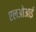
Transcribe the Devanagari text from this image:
एलओआई